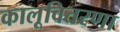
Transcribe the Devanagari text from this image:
कालूवितरणा